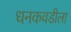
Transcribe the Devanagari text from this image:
धनकवडीला